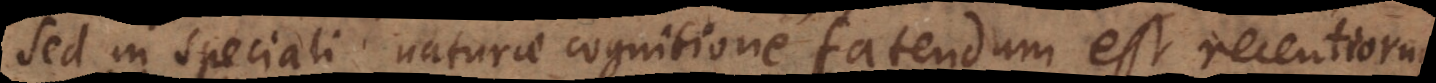
sed in speciali naturae cognitione fatendum est recentioru